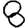
Digit: 8